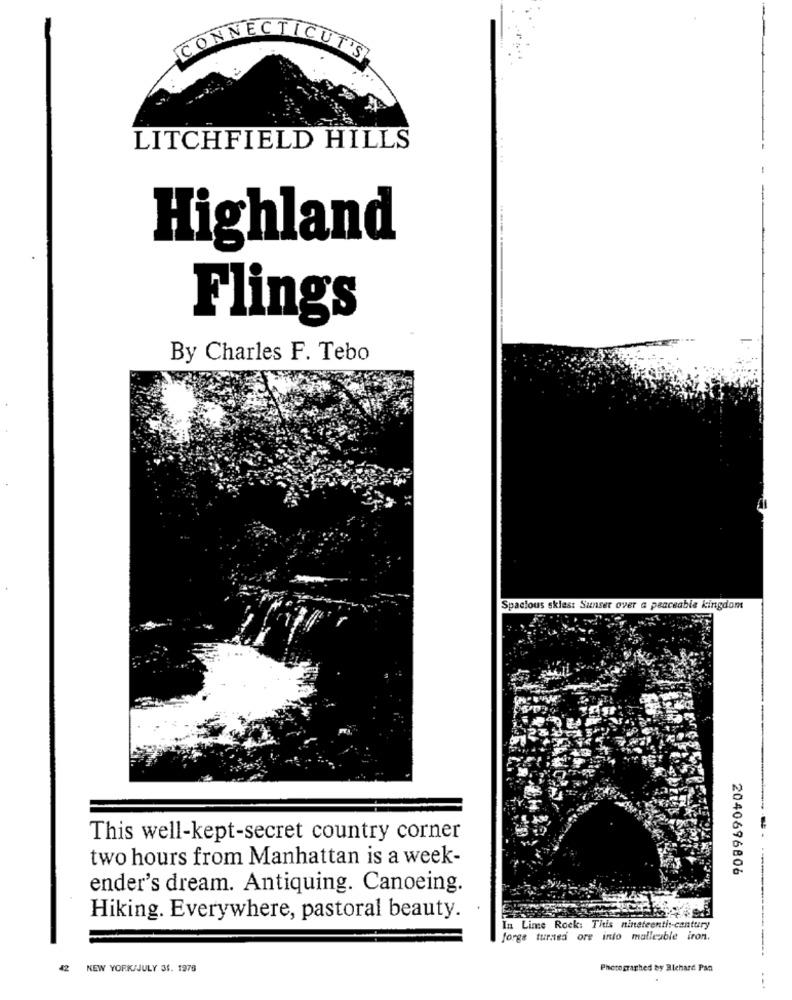
CONNECTICUT'S
LITCHFIELD HILLS
Highland
Flings
By Charles F. Tebo
Spacious skies: Sunset over a parceable kingdom
This well-kept-secret country corner
two hours from Manhattan is a week-
2040696806
ender's dream. Antiquing. Canoeing.
Hiking. Everywhere, pastoral beauty.
In Lime Rock: This nineteenth :- century
forge turned ore into malleable iron.
42
NEW YORK/JULY 31. 1978
Photographed by Richard Pan